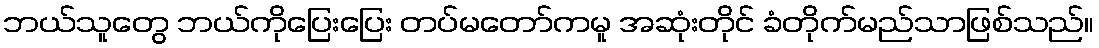
ဘယ်သူတွေ ဘယ်ကိုပြေးပြေး တပ်မတော်ကမူ အဆုံးတိုင် ခံတိုက်မည်သာဖြစ်သည်။